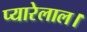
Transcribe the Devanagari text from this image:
प्यारेलाल।